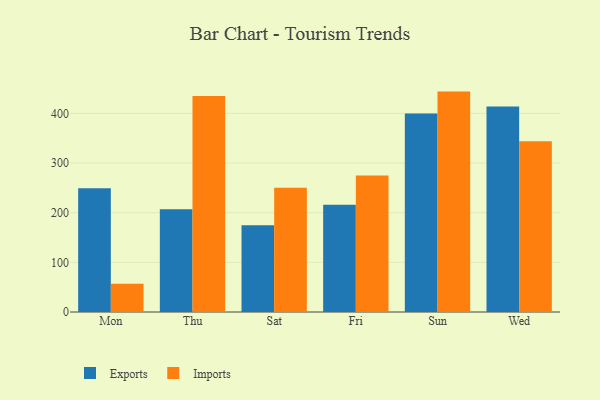
{"axis": {"x": "Day", "y": "Satisfaction Score"}, "legend": ["Exports", "Imports"], "data": [{"x": "Mon", "y": 249.2, "type": "Exports"}, {"x": "Mon", "y": 56.7, "type": "Imports"}, {"x": "Thu", "y": 207.1, "type": "Exports"}, {"x": "Thu", "y": 434.7, "type": "Imports"}, {"x": "Sat", "y": 174.9, "type": "Exports"}, {"x": "Sat", "y": 250.1, "type": "Imports"}, {"x": "Fri", "y": 215.8, "type": "Exports"}, {"x": "Fri", "y": 274.7, "type": "Imports"}, {"x": "Sun", "y": 399.5, "type": "Exports"}, {"x": "Sun", "y": 443.8, "type": "Imports"}, {"x": "Wed", "y": 413.8, "type": "Exports"}, {"x": "Wed", "y": 343.7, "type": "Imports"}]}